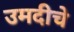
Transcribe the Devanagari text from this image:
उमदीचे